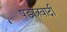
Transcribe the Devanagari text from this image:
षड्यंत्रवादी